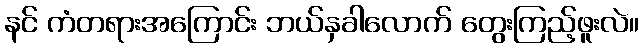
နင် ကံတရားအကြောင်း ဘယ်နှခါလောက် တွေးကြည့်ဖူးလဲ။